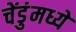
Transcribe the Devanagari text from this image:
चेंडुंमध्ये